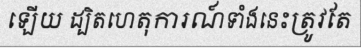
ឡើយ ដ្បិតហេតុការណ៍ទាំងនេះត្រូវតែ